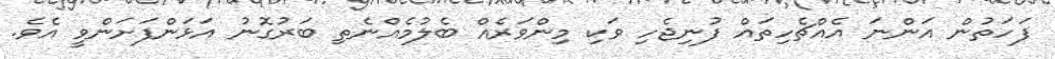
ފަހަތުން އަންނަ އެއްޗެހިތައް ފުނިޖެހި ވަކި މިންވަރެއް ބެލުމެއްނެތި ބަރުގޮނު އަޅަންފަށަންވީ އެވެ.